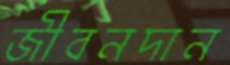
জীবনদান